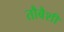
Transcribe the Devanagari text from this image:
तौबैशी